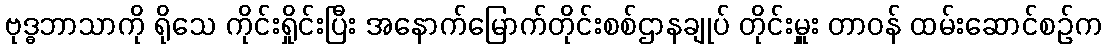
ဗုဒ္ဓဘာသာကို ရိုသေ ကိုင်းရှိုင်းပြီး အနောက်မြောက်တိုင်းစစ်ဌာနချုပ် တိုင်းမှူး တာဝန် ထမ်းဆောင်စဉ်က